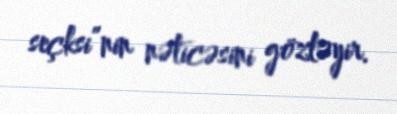
seçksi”nin nəticəsini gözləyir.